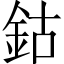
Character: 鈷